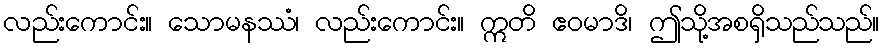
လည်းကောင်း။ သောမနဿံ၊ လည်းကောင်း။ ဣတိ ဧဝမာဒိ၊ ဤသို့အစရှိသည်သည်။